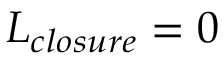
L _ { c l o s u r e } = 0